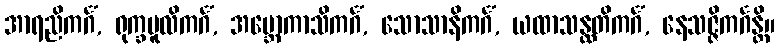
အာရညိကင်္ဂံ, ရုက္ခမူလိကင်္ဂံ, အဗ္ဘောကာသိကင်္ဂံ, သောသာနိကင်္ဂံ, ယထာသန္ထတိကင်္ဂံ, နေသဇ္ဇိကင်္ဂန္တိ။